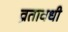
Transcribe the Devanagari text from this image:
व्रतावधी